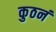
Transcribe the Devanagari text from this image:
कुठनं